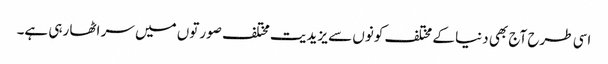
اسی طرح آج بھی دنیا کے مختلف کونوں سے یزیدیت مختلف صورتوں میں سر اٹھا رہی ہے۔